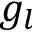
g _ { l }